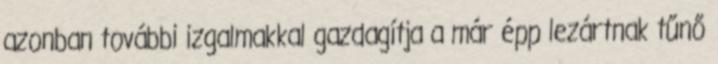
azonban további izgalmakkal gazdagítja a már épp lezártnak tűnő